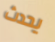
يحدث